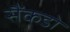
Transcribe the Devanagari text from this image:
सैंकडो